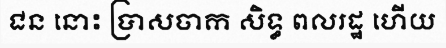
ជន នោះ ប្រាសចាក សិទ្ធ ពលរដ្ឋ ហើយ